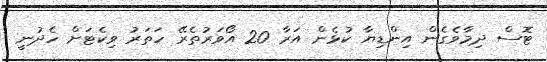
ޓޮސް ދިމާވެގެން އިންޑިޔާ ކުޅެން އަރާ 20 އޯވަރުތެރޭ ހަތަރު ވިކެޓަށް ހެދުނީ